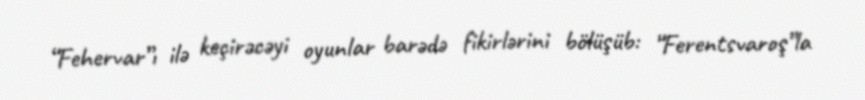
“Fehervar”ı ilə keçirəcəyi oyunlar barədə fikirlərini bölüşüb: “Ferentsvaroş”la